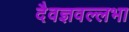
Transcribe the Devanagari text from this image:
दैवज्ञवल्लभा